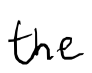
Text: the
Cross-out: clean
Writing tool: digital_black